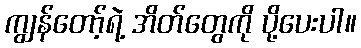
ကျွန်တော့်ရဲ့ အိတ်တွေကို ပို့ပေးပါ။